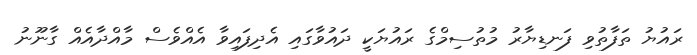
ރައުޔު ތަފާތުވި ފަނޑިޔާރު މުތުސިމްގެ ރައުޔަކީ ދައުވާގައި އެދިފައިވާ އެއްވެސް މާއްދާއެއް ގާނޫނު